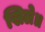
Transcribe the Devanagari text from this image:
खिले॥